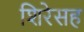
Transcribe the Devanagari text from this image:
शिरेसह